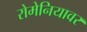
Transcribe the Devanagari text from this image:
रोमेनियावर